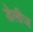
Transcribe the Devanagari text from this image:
डेलीज